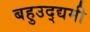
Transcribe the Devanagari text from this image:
बहुउद्द्यमी